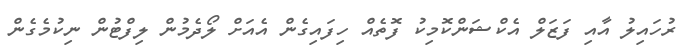
ރުހައިލު އާއި ފަޒަލް އެކްޝަންކޮމިކު ފޮތެއް ހިފައިގެން އެއަށް ލޯދެމުން ލިފްޓުން ނިކުމެގެން